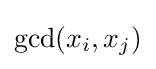
\gcd(x_{i},x_{j})